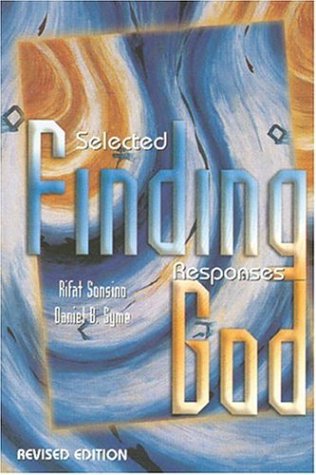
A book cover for Finding God: Selected Responses; Rifat Sonsino; Religion & Spirituality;